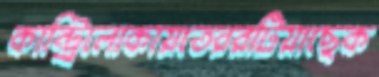
কান্ট্রিলোকায়তেররটিয়াছেক